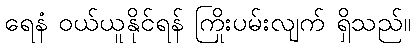
ရေနံ ဝယ်ယူနိုင်ရန် ကြိုးပမ်းလျက် ရှိသည်။